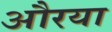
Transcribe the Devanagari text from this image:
औरया